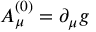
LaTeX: A _ { \mu } ^ { ( 0 ) } = \partial _ { \mu } g